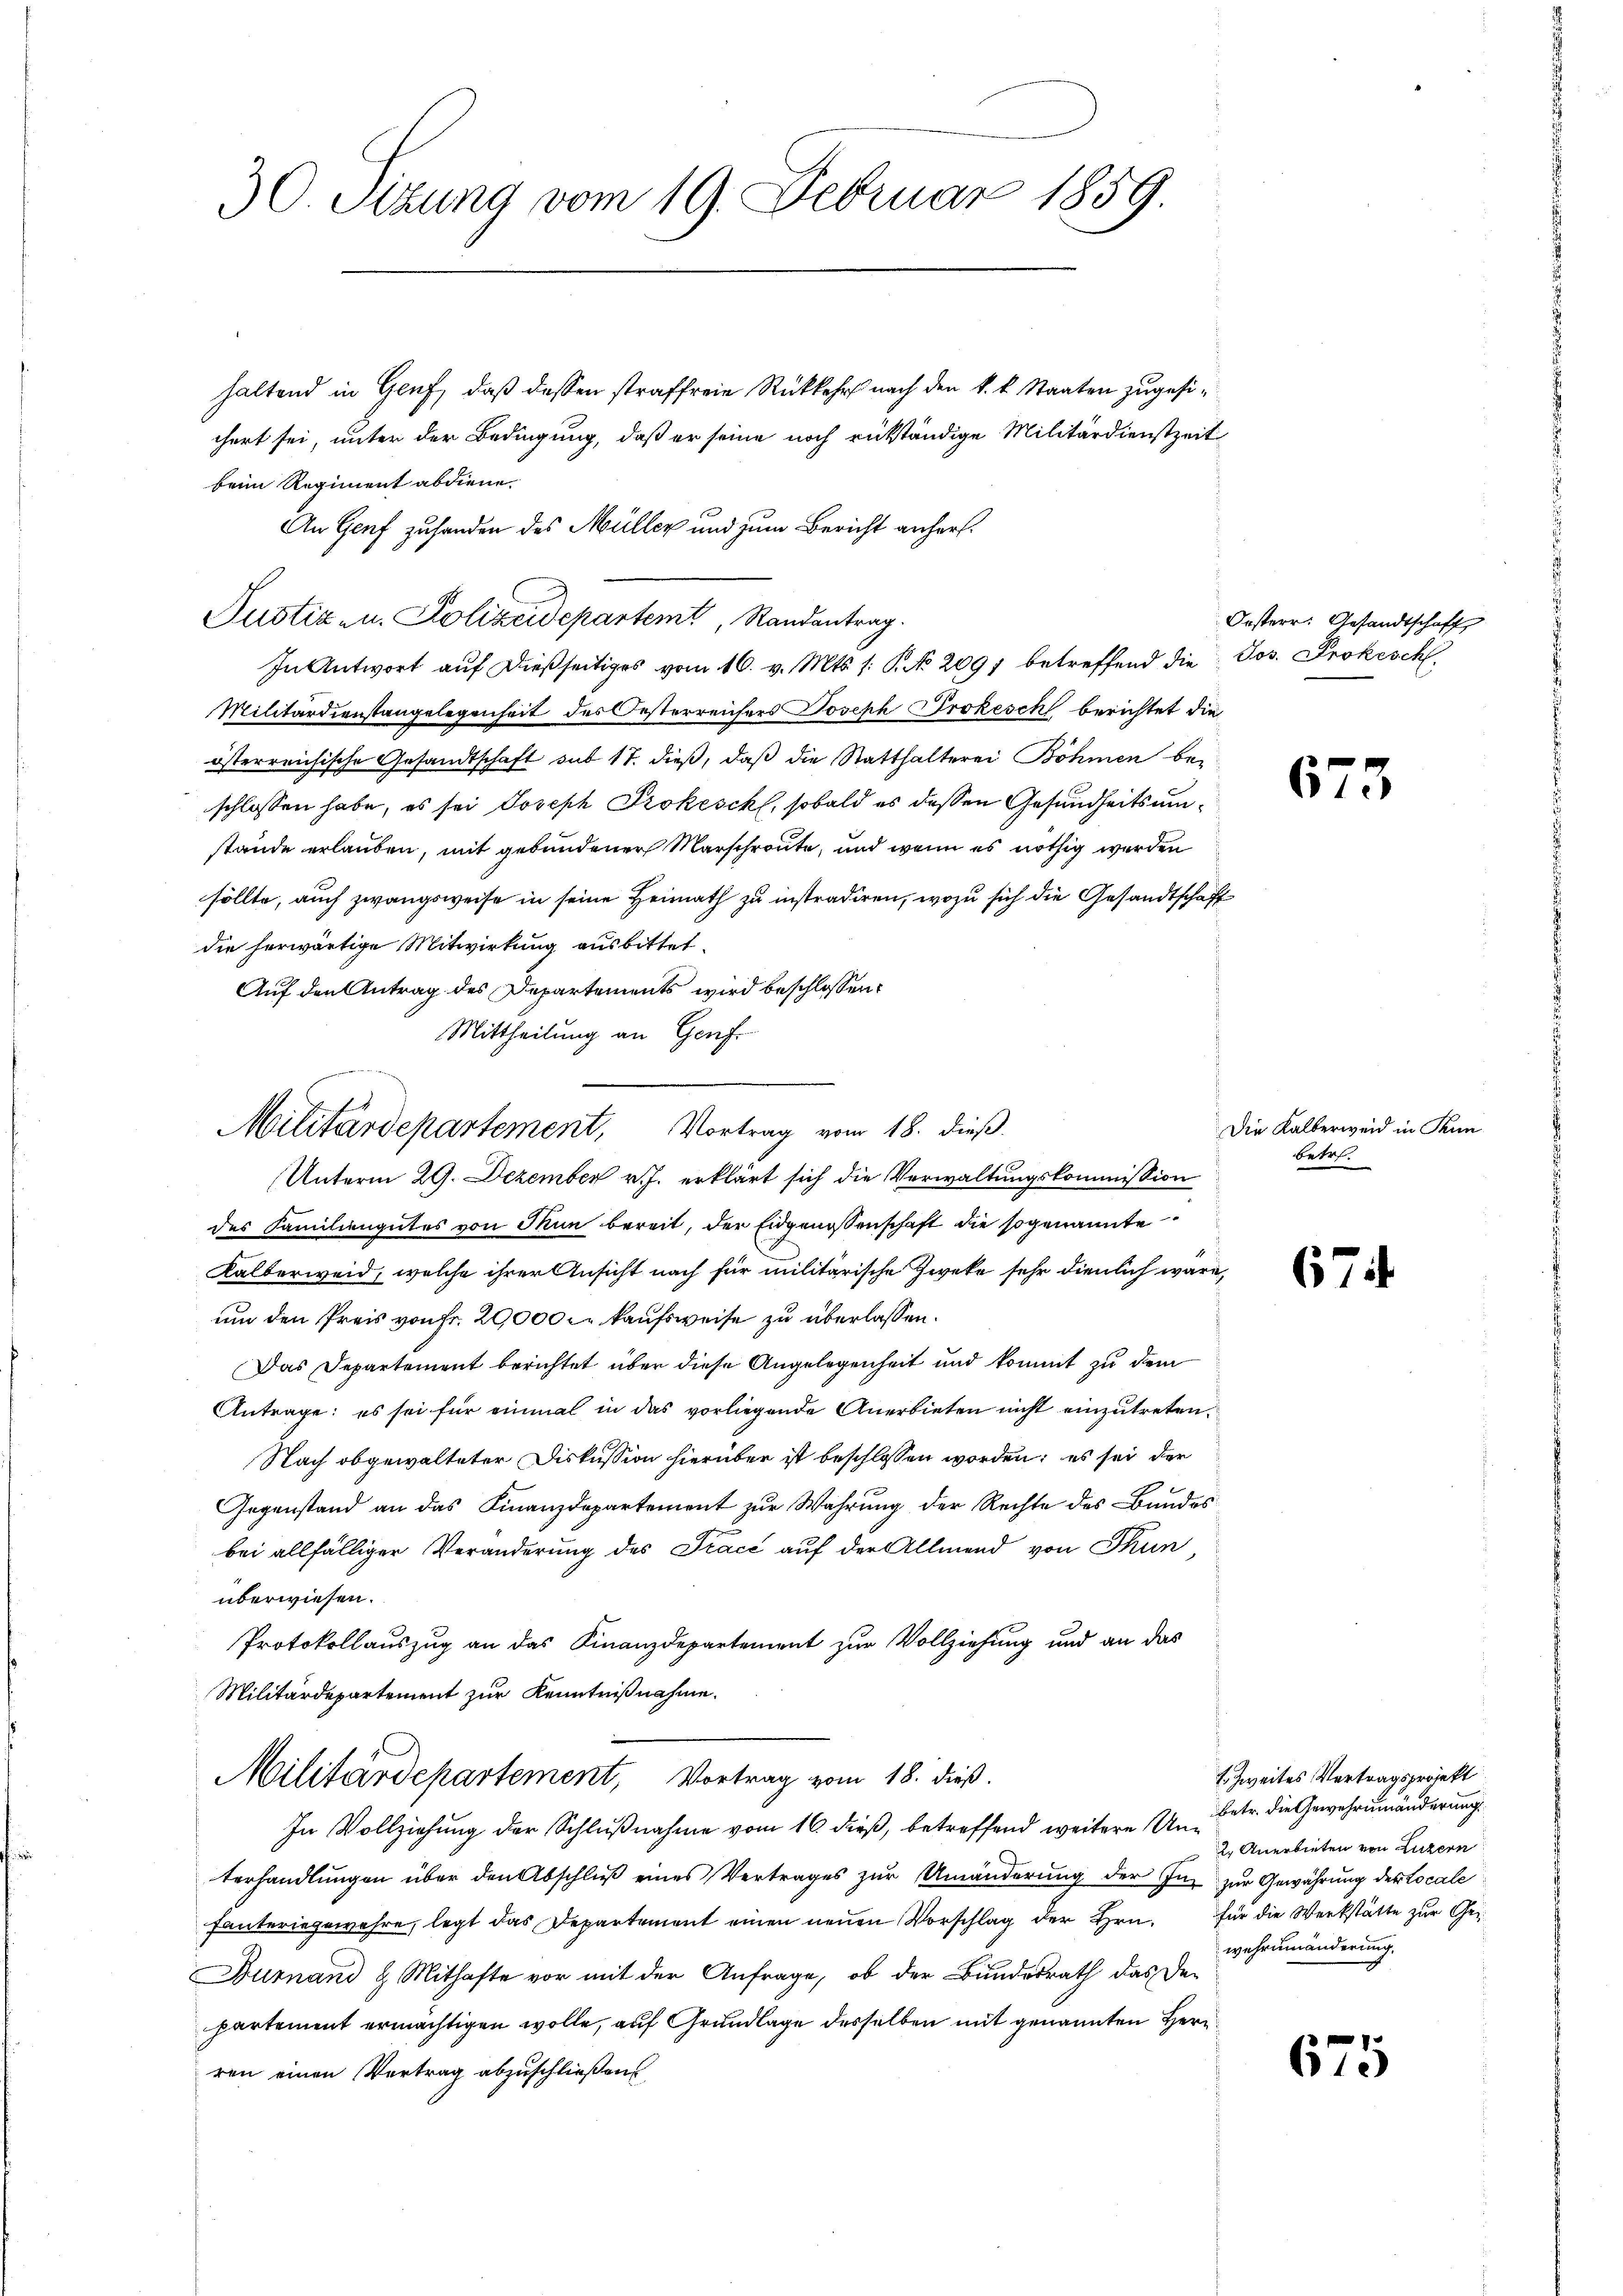
30. Setzung vom 19. Februar 1859.

haltend in Genf, daß dessen straffreie Rückkehr nach den k. k. Staaten zugesichert sei, unter der Bedingung, daß er seine noch rückständige Militärdienstzeit
beim Regiment abdiene.
An Genf zuhanden des Müller und zum Bericht anher¬
Justiz- u. Polizeidepartemt, Randantrag.
In Antwort auf dießseitiges vom 16. v. Mts. 1. P. No 2091 betreffend die Jos. Prokeschl
Militärdienstangelegenheit des Oesterreichers Joseph Prokeschl berichtet die
österreichische Gesandtschaft sub 17. dieß, daß die Statthalterei Böhmen bei
schlossen habe, es sei Joseph Prokeschl, sobald es dessen Gesundheitsumstände erlauben, mit gebundener Marschreute, und wenn es nöthig werden
sollte, auch zwangsweise in seine Heimath zu instradiren, wozu sich die Gesandtschaft
die herwärtige Mitwirkung ausbittet.
Auf den Antrag des Departements wird beschlossen:
Mittheilung an Genf.
Militärdepartement, Vortrag vom 18. dieß
Unterm 29. Dezember v. J. erklärt sich die Verwaltungskommission
des Familiengutes von Thun bereit, der Eidgenossenschaft die sogenannte
Kalberweid, welche ihrer Ansicht nach für militärische Zweke sehr dienlich wäre,
um den Preis von Fr. 29,000 Fr. kaufsweise zu überlassen.
Das Departement berichtet über diese Angelegenheit und kommt zu dem
Antrage: es sei für einmal in das vorliegende Anerbieten nicht einzutreten.
Nach obgewalteter Diskussion hierüber ist beschlossen worden; es sei der
Gegenstand an das Finanzdepartement zur Wahrung der Rechte des Bandes
bei allfälliger Veränderung des Trace auf der Allmend von Thun,
überwiesen.
Protokollauszug an das Finanzdepartement zur Vollziehung und an das
Militärdepartement zur Kenntnißnahme.

In Vollziehung der Schlußnahme vom 16. dieß, betreffend weitere Unbetr. die Gewehrumänderung
terhandlungen über den Abschluß eines Vertrages zur Umänderung der Ins zur Gewährung der Locale
fanteringewehre, legt das Departement einen neuen Vorschlag der Hrn.
Burnand & Mithafte vor mit der Anfrage, ob der Bundesrath das De-
partement ermächtigen wolle, auf Grundlage desselben mit genannten Herr
ren einen Vertrag abzuschließen.

Militärdepartement, Vortrag vom 18. dieß.

Oesterr. Gesandtschaft

c

67

Die Kalberweid in Pi
betr.

67

67

s

5

. Zweites Vertragsprojekt
2. Anerbieten von Luzern
für die Werkstätte zur Gewehrumänderung.